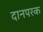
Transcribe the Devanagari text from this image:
दानपरक